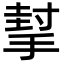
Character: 㨍